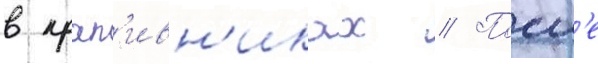
в крап'ивн'иках // Посл'е